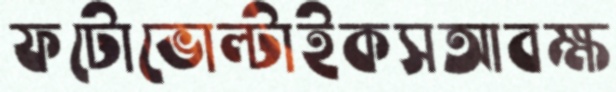
ফটোভোল্টাইকসআবক্ষ